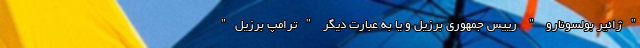
"ژائیر بولسونارو " رییس جمهوری برزیل و یا به عبارت دیگر "ترامپ برزیل"